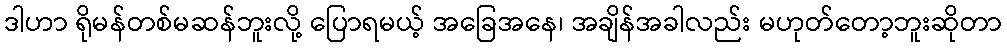
ဒါဟာ ရိုမန်တစ်မဆန်ဘူးလို့ ပြောရမယ့် အခြေအနေ၊ အချိန်အခါလည်း မဟုတ်တော့ဘူးဆိုတာ